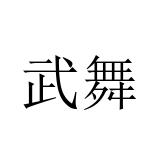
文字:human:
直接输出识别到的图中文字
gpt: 武舞